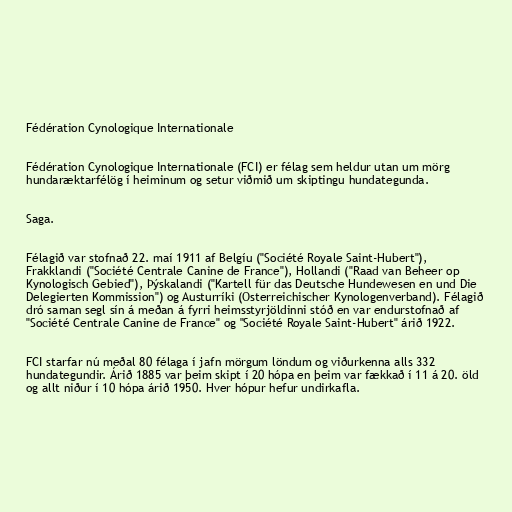
Fédération Cynologique Internationale

Fédération Cynologique Internationale (FCI) er félag sem heldur utan um mörg
hundaræktarfélög í heiminum og setur viðmið um skiptingu hundategunda.

Saga.

Félagið var stofnað 22. maí 1911 af Belgíu ("Société Royale Saint-Hubert"),
Frakklandi ("Société Centrale Canine de France"), Hollandi ("Raad van Beheer op
Kynologisch Gebied"), Þýskalandi ("Kartell für das Deutsche Hundewesen en und Die
Delegierten Kommission") og Austurríki (Osterreichischer Kynologenverband). Félagið
dró saman segl sín á meðan á fyrri heimsstyrjöldinni stóð en var endurstofnað af
"Société Centrale Canine de France" og "Société Royale Saint-Hubert" árið 1922.

FCI starfar nú meðal 80 félaga í jafn mörgum löndum og viðurkenna alls 332
hundategundir. Árið 1885 var þeim skipt í 20 hópa en þeim var fækkað í 11 á 20. öld
og allt niður í 10 hópa árið 1950. Hver hópur hefur undirkafla.